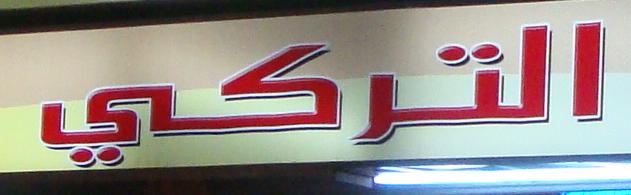
التركي